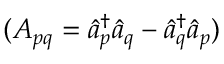
( A _ { p q } = \hat { a } _ { p } ^ { \dag } \hat { a } _ { q } - \hat { a } _ { q } ^ { \dag } \hat { a } _ { p } )